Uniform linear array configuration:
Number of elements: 24
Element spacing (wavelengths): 0.25
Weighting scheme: binomial
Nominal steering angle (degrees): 15
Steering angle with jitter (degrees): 16.467
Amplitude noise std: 0.05
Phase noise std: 0.05

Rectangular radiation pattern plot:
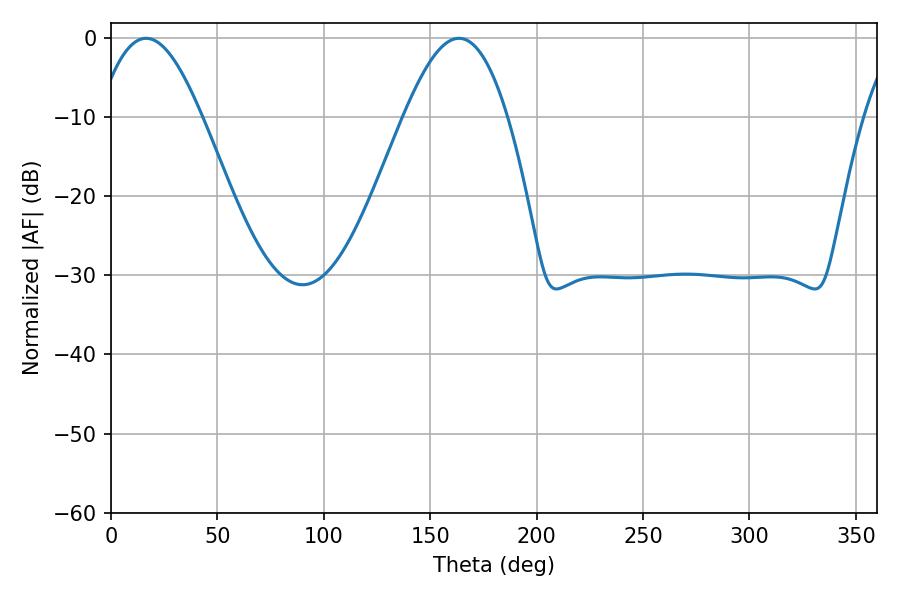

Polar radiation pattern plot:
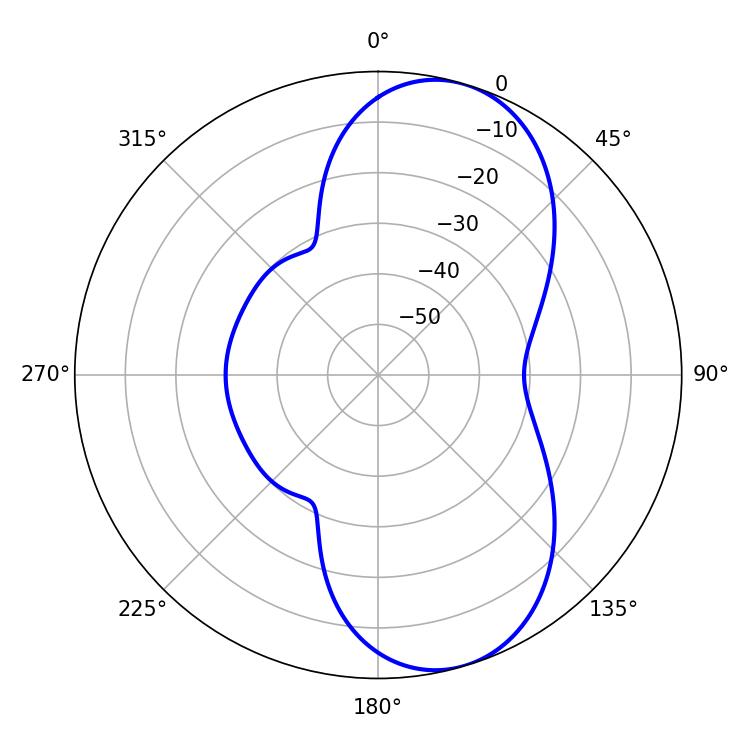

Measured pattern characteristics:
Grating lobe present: FALSE
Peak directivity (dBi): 8.269
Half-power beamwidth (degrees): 26.46
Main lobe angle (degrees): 16.56